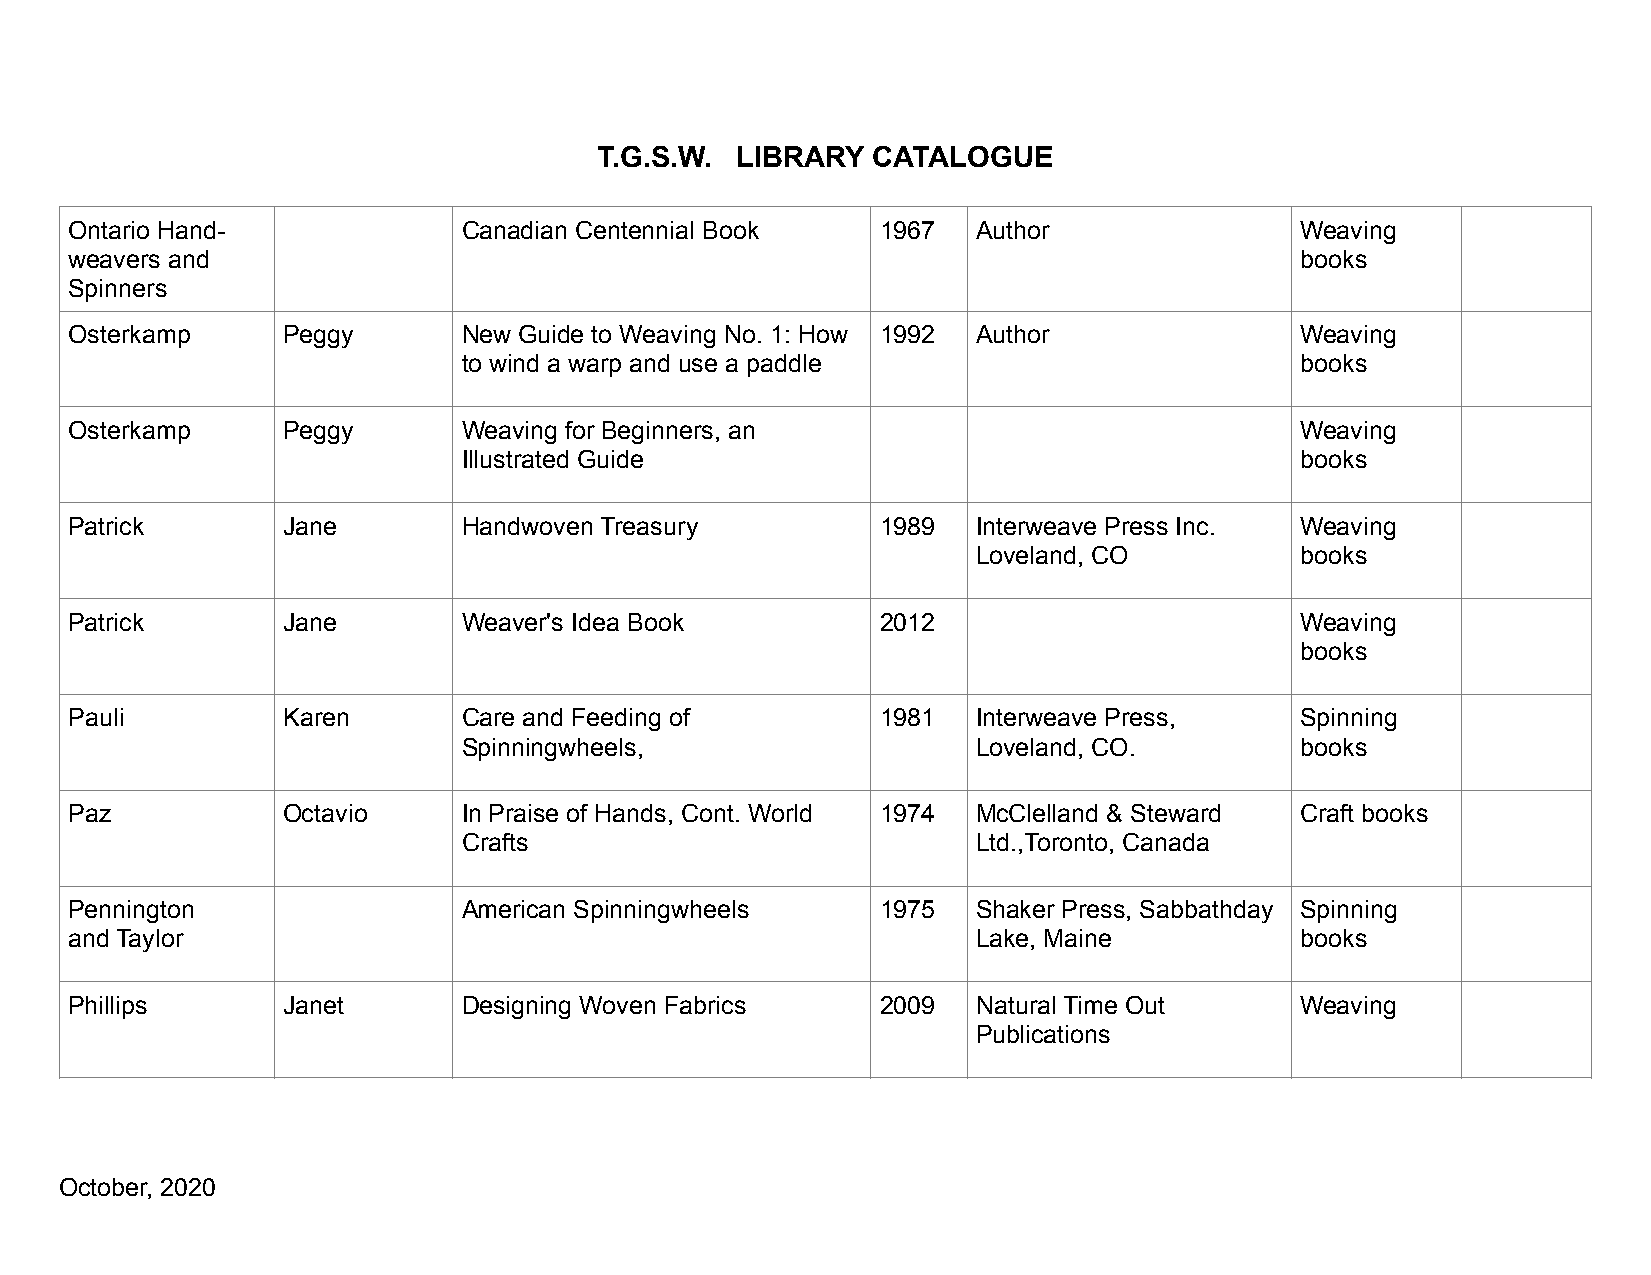
T.G.S.W. LIBRARY  CATALOGUE
 Ontario Hand-             Canadian Centennial Book   1967   Author               Weaving
 weavers and                                                                      books
 Spinners
 Osterkamp     Peggy       New Guide to Weaving No. 1: How 1992 Author            Weaving
 to wind a warp and use a paddle                        books
 Osterkamp     Peggy       Weaving for Beginners, an                              Weaving
 Illustrated Guide                                      books
 Patrick       Jane        Handwoven Treasury         1989   Interweave Press Inc. Weaving
 Loveland, CO         books
 Patrick       Jane        Weaver's Idea Book         2012                        Weaving
 books
 Pauli         Karen       Care and Feeding of        1981   Interweave Press,    Spinning
 Spinningwheels,                   Loveland, CO.        books
 Paz           Octavio     In Praise of Hands, Cont. World 1974 McClelland & Steward Craft books
 Crafts                            Ltd.,Toronto, Canada
 Pennington                American Spinningwheels    1975   Shaker Press, Sabbathday Spinning
 and Taylor                                                  Lake, Maine          books
 Phillips      Janet       Designing Woven Fabrics    2009   Natural Time Out     Weaving
 Publications
 October, 2020